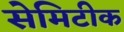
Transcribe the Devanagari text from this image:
सेमिटीक